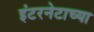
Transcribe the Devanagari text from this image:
इंटरनेटाच्या